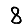
Digit: 8